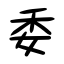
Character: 委